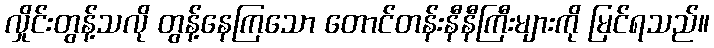
လှိုင်းတွန့်သလို တွန့်နေကြသော တောင်တန်းနီနီကြီးများကို မြင်ရသည်။